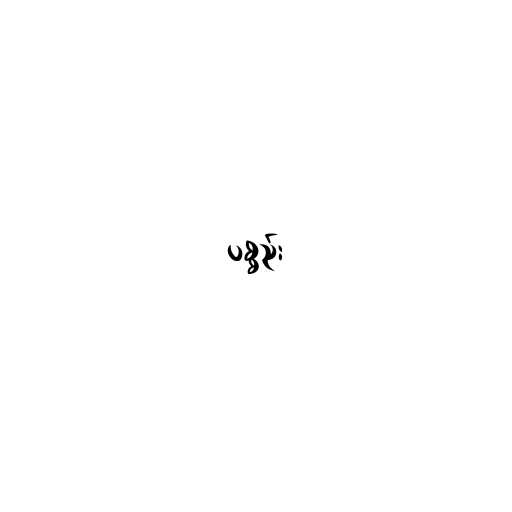
ပစ္စည်း